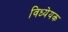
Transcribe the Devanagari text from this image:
विध्येयक